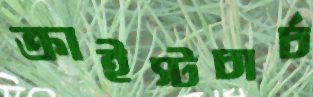
ক্রাইস্টচার্চ